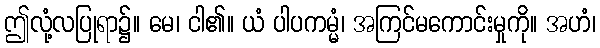
ဤလုံ့လပြုရာ၌။ မေ၊ ငါ၏။ ယံ ပါပကမ္မံ၊ အကြင်မကောင်းမှုကို။ အဟံ၊